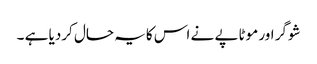
شوگر اور موٹاپے نے اس کایہ حال کردیا ہے ۔